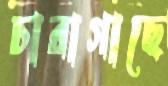
চারাগাছে